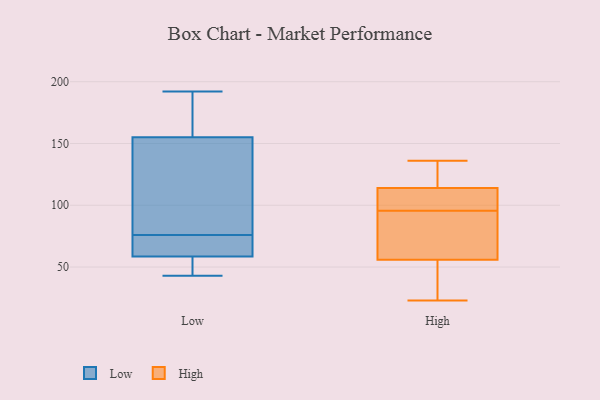
{"axis": {"x": "Satisfaction Score", "y": "Value"}, "legend": ["High", "Low"], "data": [{"x": "", "y": 192, "type": "Low"}, {"x": "", "y": 59, "type": "Low"}, {"x": "", "y": 43, "type": "Low"}, {"x": "", "y": 58, "type": "Low"}, {"x": "", "y": 122, "type": "Low"}, {"x": "", "y": 162, "type": "Low"}, {"x": "", "y": 148, "type": "Low"}, {"x": "", "y": 175, "type": "Low"}, {"x": "", "y": 45, "type": "Low"}, {"x": "", "y": 72, "type": "Low"}, {"x": "", "y": 80, "type": "Low"}, {"x": "", "y": 60, "type": "Low"}, {"x": "", "y": 76, "type": "High"}, {"x": "", "y": 67, "type": "High"}, {"x": "", "y": 107, "type": "High"}, {"x": "", "y": 100, "type": "High"}, {"x": "", "y": 56, "type": "High"}, {"x": "", "y": 32, "type": "High"}, {"x": "", "y": 115, "type": "High"}, {"x": "", "y": 130, "type": "High"}, {"x": "", "y": 23, "type": "High"}, {"x": "", "y": 105, "type": "High"}, {"x": "", "y": 136, "type": "High"}, {"x": "", "y": 114, "type": "High"}, {"x": "", "y": 91, "type": "High"}, {"x": "", "y": 45, "type": "High"}]}